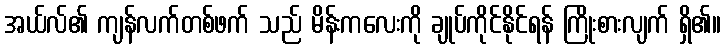
အယ်လ်၏ ကျန်လက်တစ်ဖက် သည် မိန်းကလေးကို ချုပ်ကိုင်နိုင်ရန် ကြိုးစားလျက် ရှိ၏။